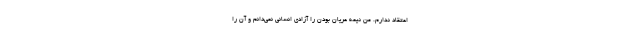
اعتقاد ندارم. من نیمه عریان بودن را آزادی انسانی نمی‌دانم و آن را